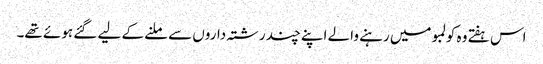
اس ہفتے وہ کولمبو میں رہنے والے اپنے چند رشتہ داروں سے ملنے کے لیے گئے ہوئے تھے۔